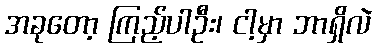
အခုတော့ ကြည့်ပါဦး၊ ငါ့မှာ ဘာရှိလဲ